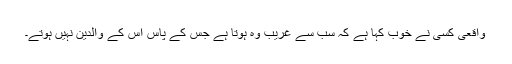
واقعی کسی نے خوب کہا ہے کہ سب سے غریب وہ ہوتا ہے جس کے پاس اس کے والدین نہیں ہوتے۔